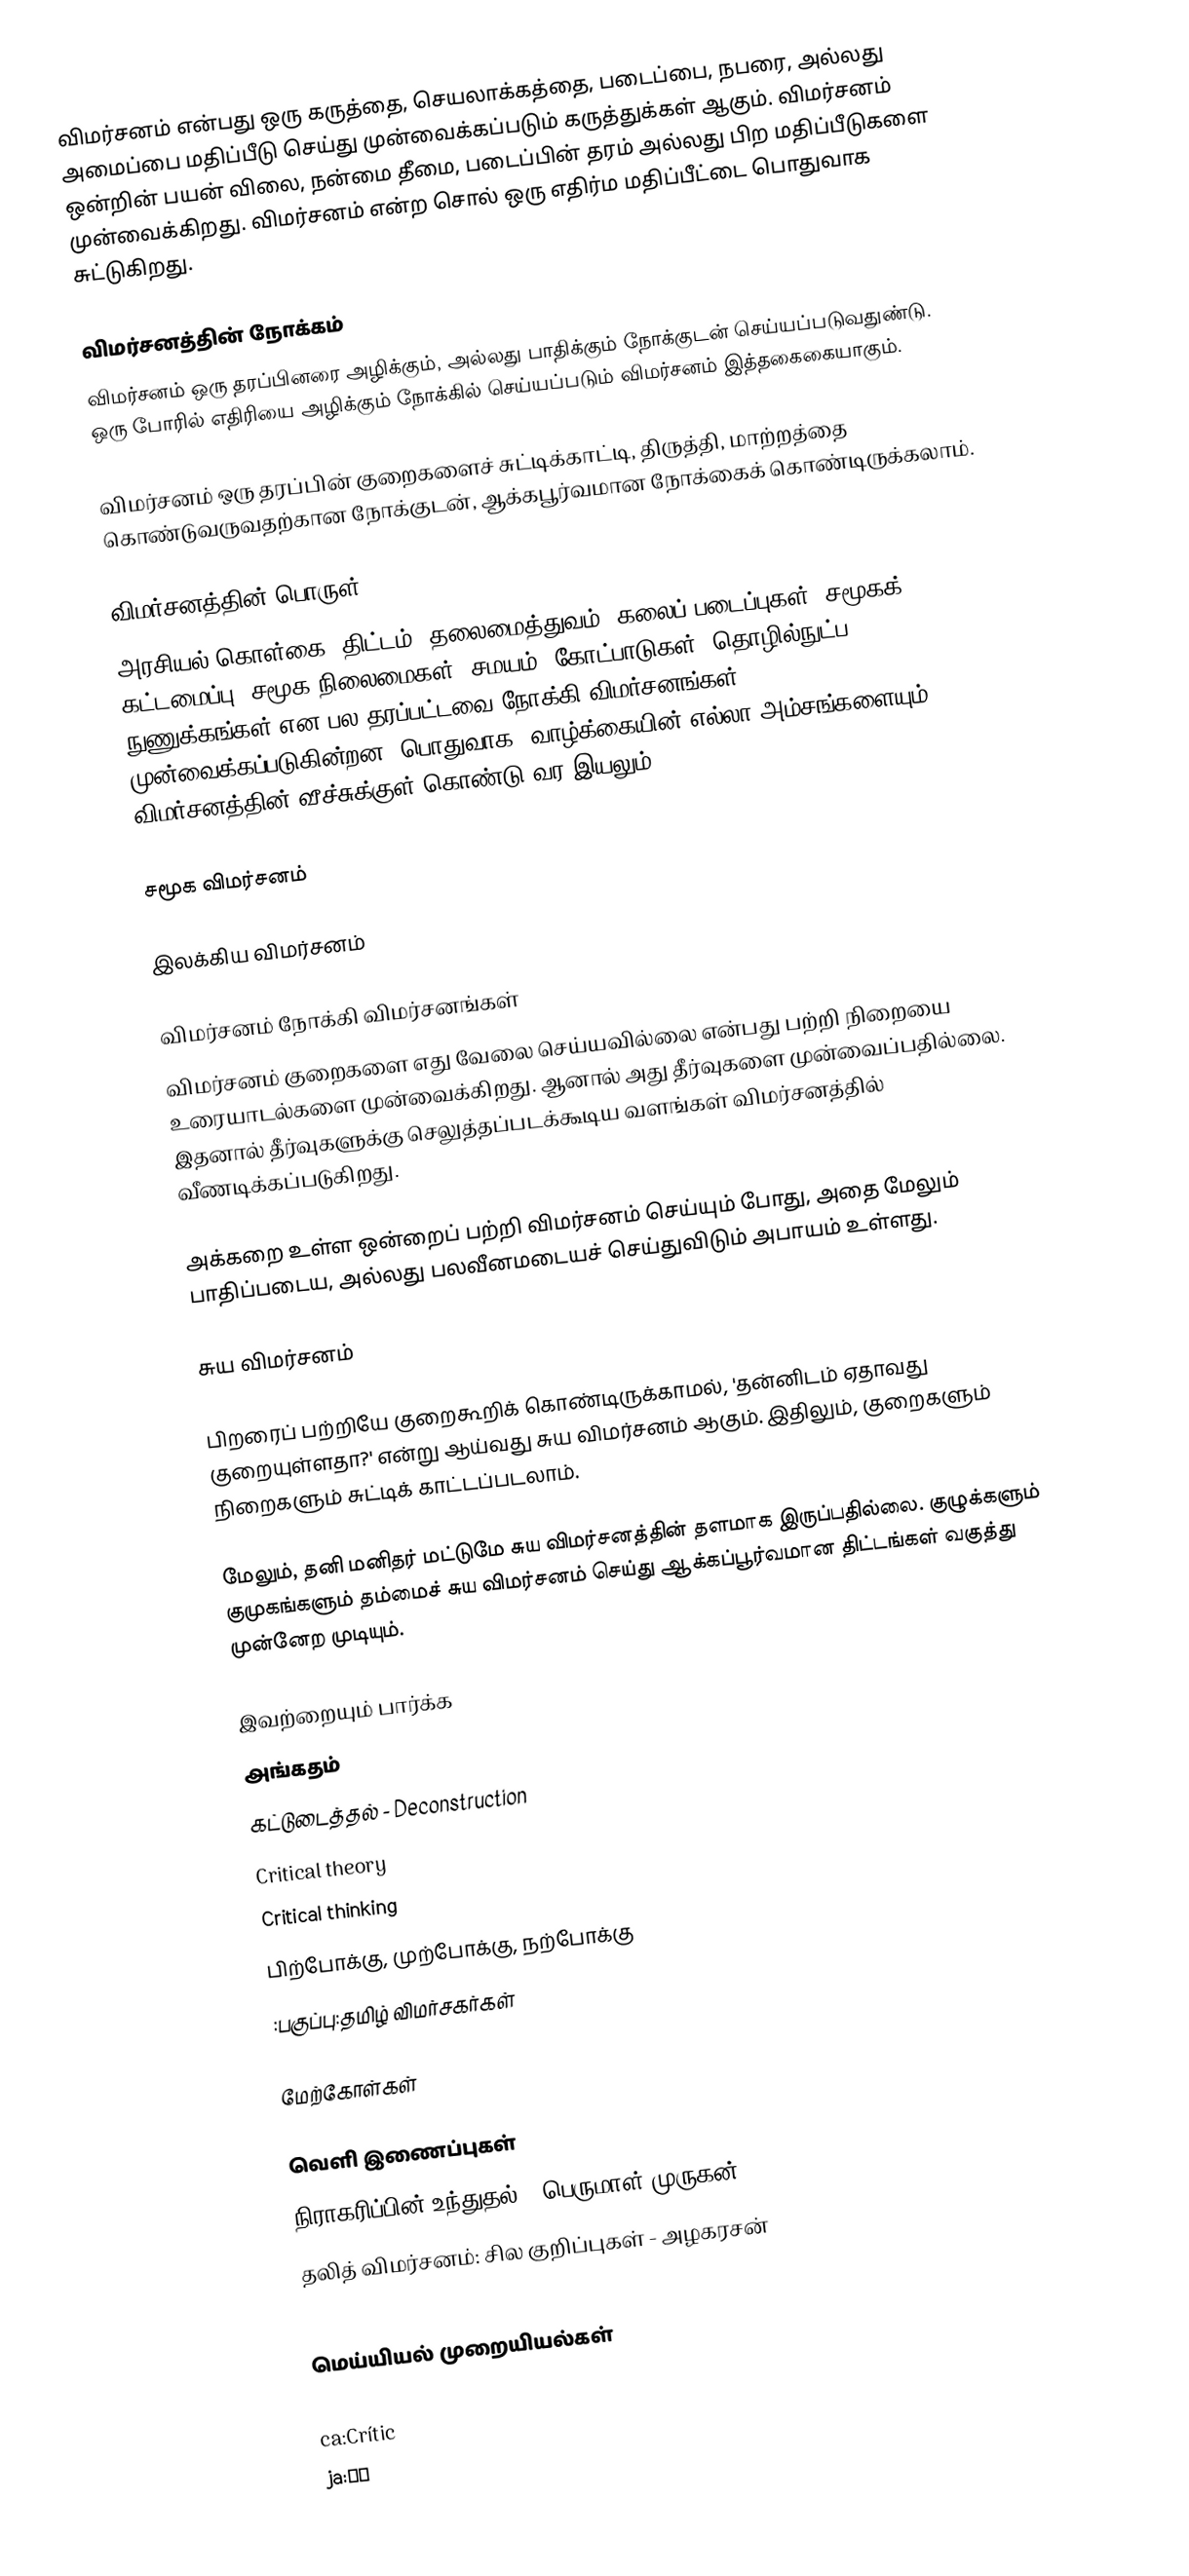
விமர்சனம் என்பது ஒரு கருத்தை, செயலாக்கத்தை, படைப்பை, நபரை, அல்லது அமைப்பை மதிப்பீடு செய்து முன்வைக்கப்படும் கருத்துக்கள் ஆகும்.  விமர்சனம் ஒன்றின் பயன் விலை, நன்மை தீமை, படைப்பின் தரம் அல்லது பிற மதிப்பீடுகளை முன்வைக்கிறது.  விமர்சனம் என்ற சொல் ஒரு எதிர்ம மதிப்பீட்டை பொதுவாக சுட்டுகிறது.

விமர்சனத்தின் நோக்கம்
விமர்சனம் ஒரு தரப்பினரை அழிக்கும், அல்லது பாதிக்கும் நோக்குடன் செய்யப்படுவதுண்டு.  ஒரு போரில் எதிரியை அழிக்கும் நோக்கில் செய்யப்படும் விமர்சனம் இத்தகைகையாகும்.

விமர்சனம் ஒரு தரப்பின் குறைகளைச் சுட்டிக்காட்டி, திருத்தி, மாற்றத்தை கொண்டுவருவதற்கான நோக்குடன், ஆக்கபூர்வமான நோக்கைக் கொண்டிருக்கலாம்.

விமர்சனத்தின் பொருள்
அரசியல் கொள்கை, திட்டம், தலைமைத்துவம், கலைப் படைப்புகள், சமூகக் கட்டமைப்பு, சமூக நிலைமைகள், சமயம், கோட்பாடுகள், தொழில்நுட்ப நுணுக்கங்கள் என பல தரப்பட்டவை நோக்கி விமர்சனங்கள் முன்வைக்கப்படுகின்றன. பொதுவாக, வாழ்க்கையின் எல்லா அம்சங்களையும் விமர்சனத்தின் வீச்சுக்குள் கொண்டு வர இயலும்.

சமூக விமர்சனம்

இலக்கிய விமர்சனம்

விமர்சனம் நோக்கி விமர்சனங்கள்
விமர்சனம் குறைகளை எது வேலை செய்யவில்லை என்பது பற்றி நிறையை உரையாடல்களை முன்வைக்கிறது.  ஆனால் அது தீர்வுகளை முன்வைப்பதில்லை.  இதனால் தீர்வுகளுக்கு செலுத்தப்படக்கூடிய வளங்கள் விமர்சனத்தில் வீணடிக்கப்படுகிறது.

அக்கறை உள்ள ஒன்றைப் பற்றி விமர்சனம் செய்யும் போது, அதை மேலும் பாதிப்படைய, அல்லது பலவீனமடையச் செய்துவிடும் அபாயம் உள்ளது.

சுய விமர்சனம்

பிறரைப் பற்றியே குறைகூறிக் கொண்டிருக்காமல், 'தன்னிடம் ஏதாவது குறையுள்ளதா?' என்று ஆய்வது சுய விமர்சனம் ஆகும். இதிலும், குறைகளும் நிறைகளும் சுட்டிக் காட்டப்படலாம்.

மேலும், தனி மனிதர் மட்டுமே சுய விமர்சனத்தின் தளமாக இருப்பதில்லை. குழுக்களும் குமுகங்களும் தம்மைச் சுய விமர்சனம் செய்து ஆக்கப்பூர்வமான திட்டங்கள் வகுத்து முன்னேற முடியும்.

இவற்றையும் பார்க்க
 அங்கதம்
 கட்டுடைத்தல் - Deconstruction
 Critical theory
 Critical thinking
 பிற்போக்கு, முற்போக்கு, நற்போக்கு
 :பகுப்பு:தமிழ் விமர்சகர்கள்

மேற்கோள்கள்

வெளி இணைப்புகள்
 நிராகரிப்பின் உந்துதல் - பெருமாள் முருகன்
 தலித் விமர்சனம்: சில குறிப்புகள் - அழகரசன்

மெய்யியல் முறையியல்கள்

ca:Crític
ja:批判